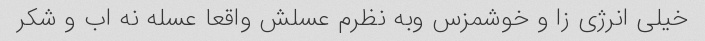
خیلی انرژی زا و خوشمزس وبه نظرم عسلش واقعا عسله نه اب و شکر